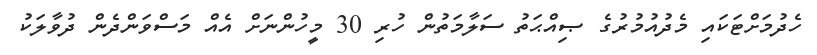
ހެދުމަށްޓަކައި މެދުއުމުރުގެ ޞިއްޙަތު ސަލާމަތުން ހުރި 30 މީހުންނަށް އެއް މަސްވަންދެން ދުވާލަކު